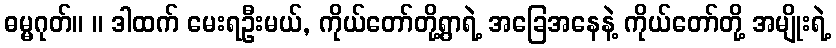
ဓမ္မဂုတ်။ ။ ဒါထက် မေးရဦးမယ်, ကိုယ်တော်တို့ရွာရဲ့ အခြေအနေနဲ့ ကိုယ်တော်တို့ အမျိုးရဲ့